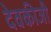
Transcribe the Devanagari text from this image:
देवकीजी